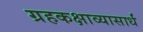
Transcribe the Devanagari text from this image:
ग्रहकक्षाव्यासार्धं